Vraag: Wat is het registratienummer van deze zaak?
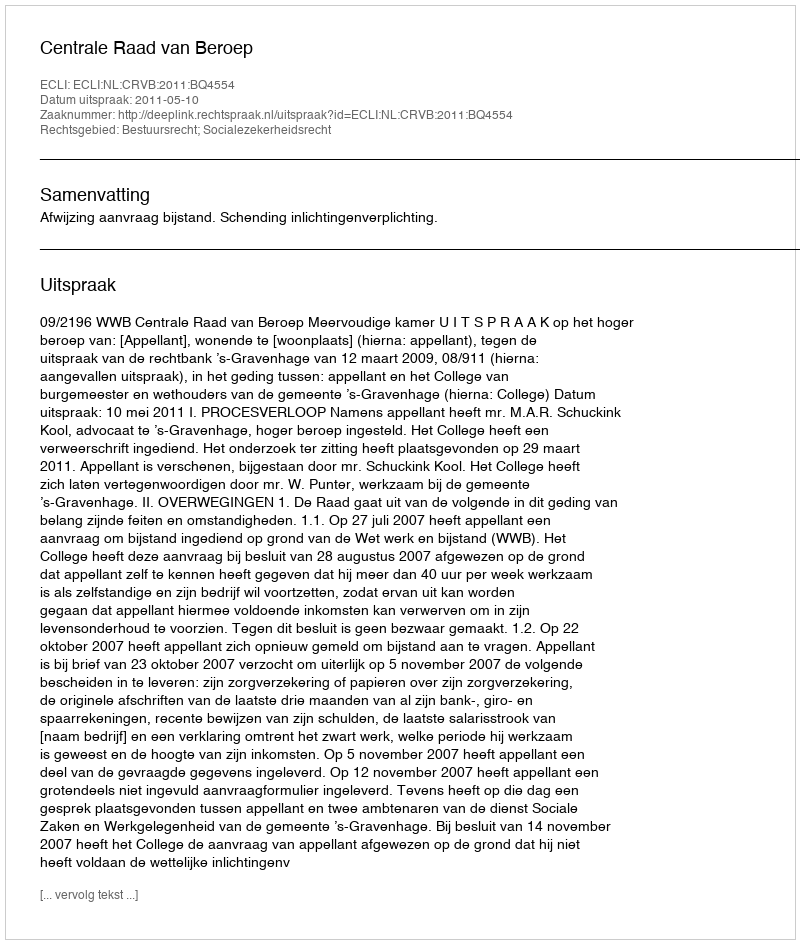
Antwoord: http://deeplink.rechtspraak.nl/uitspraak?id=ECLI:NL:CRVB:2011:BQ4554